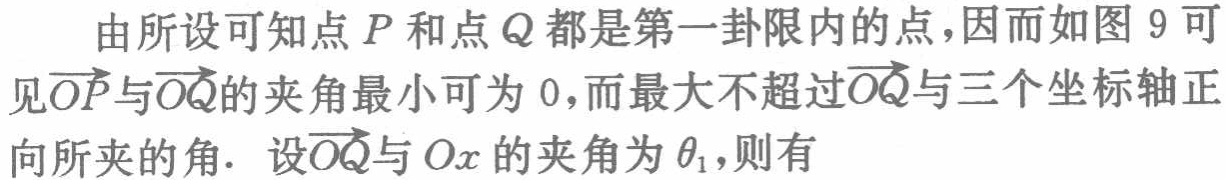
由所设可知点\(P\)和点\(Q\)都是第一卦限内的点，因而如图 \(9\) 可见\(\overrightarrow{OP}\)与\(\overrightarrow{OQ}\)的夹角最小可为 \(0\)，而最大不超过\(\overrightarrow{OQ}\)与三个坐标轴正向所夹的角. 设\(\overrightarrow{OQ}\)与 \(Ox\) 的夹角为\(\theta _{1}\)，则有